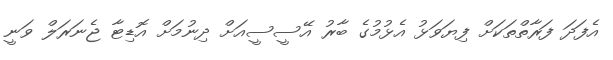
އެފަދަ ފަރާތްތަކަށް ފިޔަވަޅު އެޅުމުގެ ބާރު އޭސީސީއަށް ދިނުމަށް އޮޑިޓާ ޖެނަރަލް ވަނީ